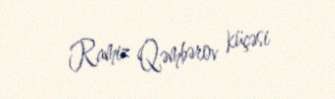
Ramiz Qəmbərov küçəsi